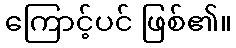
ကြောင့်ပင် ဖြစ်၏။